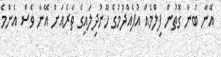
އޭނާ ބުނާ ގޮތުން ފިލްމެއް އުފެއްދުމުގެ ހޫނުދިލައިގެ ތެރެއަށް އޭނާ ވެސް އެންމެ